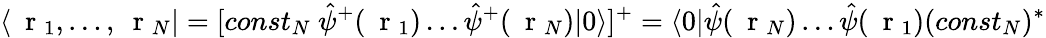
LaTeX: \langle\mathrm{~\mathbf~r~}_{1},\dots,\mathrm{~\mathbf~r~}_{N}|=[const_{N}\ \hat{\psi}^{+}(\mathrm{~\mathbf~r~}_{1})\dots\hat{\psi}^{+}(\mathrm{~\mathbf~r~}_{N})|0\rangle]^{+}=\langle 0|\hat{\psi}(\mathrm{~\mathbf~r~}_{N})\dots\hat{\psi}(\mathrm{~\mathbf~r~}_{1})(const_{N})^{*}